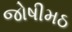
જોષીમઠ